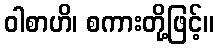
ဝါစာဟိ၊ စကားတို့ဖြင့်။